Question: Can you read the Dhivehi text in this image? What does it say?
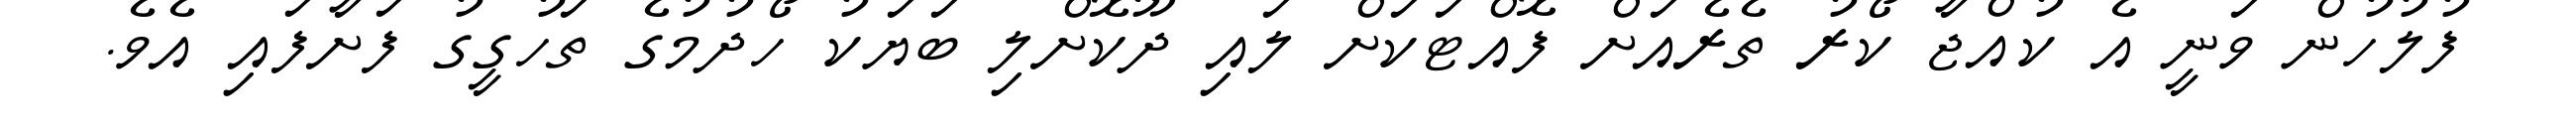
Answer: ފުލުހުން ވަނީ އެ ކުއްޖާ ކޯރު ތެރެއަށް ފޮއްޓަކަށް ލައި ދޫކޮށްލި ބަޔަކު ހޯދުމުގެ ތަހުގީގު ފަށާފައި އެވެ.